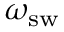
\omega _ { \mathrm { s w } }